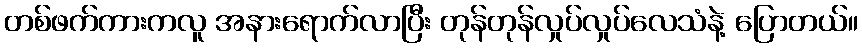
တစ်ဖက်ကားကလူ အနားရောက်လာပြီး တုန်တုန်လှုပ်လှုပ်လေသံနဲ့ ပြောတယ်။